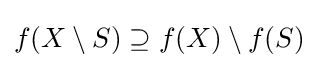
f(X\setminus S)\supseteq f(X)\setminus f(S)